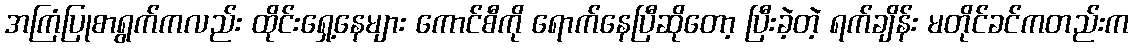
အကြံပြုစာရွက်ကလည်း ထိုင်းရှေ့နေများ ကောင်စီကို ရောက်နေပြီဆိုတော့ ပြီးခဲ့တဲ့ ရက်ချိန်း မတိုင်ခင်ကတည်းက